Indian journal of veterinary science and animal husbandry - Volume 7,
Year: 1937
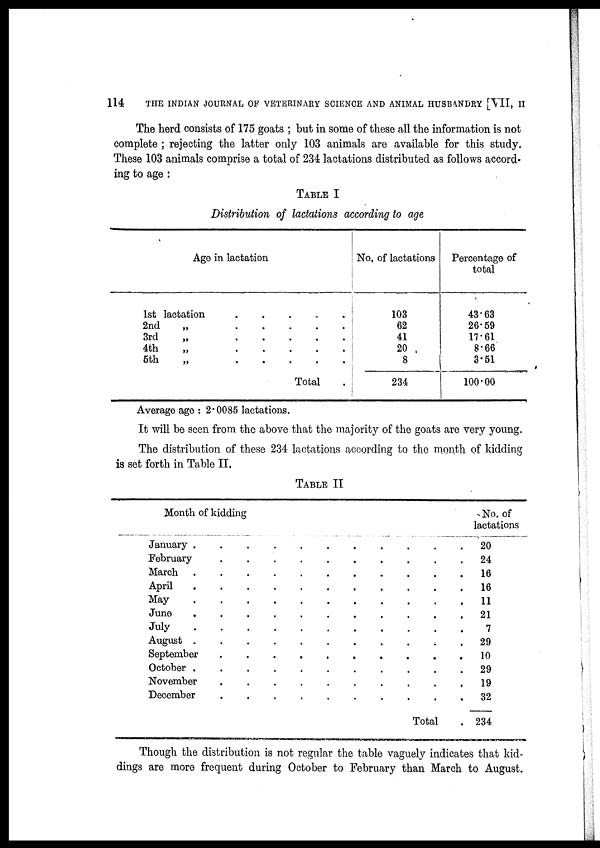
114
THE INDIAN JOURNAL OF VETERINARY SCIENCE AND ANIMAL HUSBANDRY [VII, II
The herd consists of 175 goats ; but in some of these all the information is not
complete ; rejecting the latter only 103 animals are available for this study.
These 103 animals comprise a total of 234 lactations distributed as follows accord-
ing to age :
TABLE I
Distribution of lactations according to age
Age in lactation
1st lactation . . . . .
2nd
„
.
.
.
.
.
3rd „ . . . . .
4th
„
.
.
.
.
.
5th
„
.
.
.
.
.
Total .
No. of lactations
103
62
41
20
8
234
Percentage of
total
43.63
26.59
17.61
8.66
3.51
100.00
Average age : 2.0085 lactations.
It will be seen from the above that the majority of the goats are very young.
The distribution of these 234 lactations according to the month of kidding
is set forth in Table II.
TABLE II
Month of kidding
January . . . . . . . . . . .
February . . . . . . . . . .
March . . . . . . . . . . .
April . . . . . . . . . . .
May . . . . . . . . . . .
June . . . . . . . . . . .
July . . . . . . . . . . .
August . . . . . . . . . . .
September . . . . . . . . . .
October . . . . . . . . . . .
November . . . . . . . . . .
December . . . . . . . . . .
Total
No. of
lactations
20
24
16
16
11
21
7
29
10
29
19
32
234
Though the distribution is not regular the table vaguely indicates that kid-
dings are more frequent during October to February than March to August.